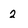
Character: 2